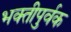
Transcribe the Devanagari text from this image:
भक्‍तीपुर्वक